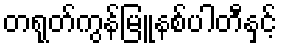
တရုတ်ကွန်မြူနစ်ပါတီနှင့်